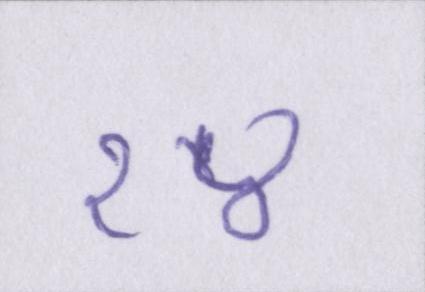
१४